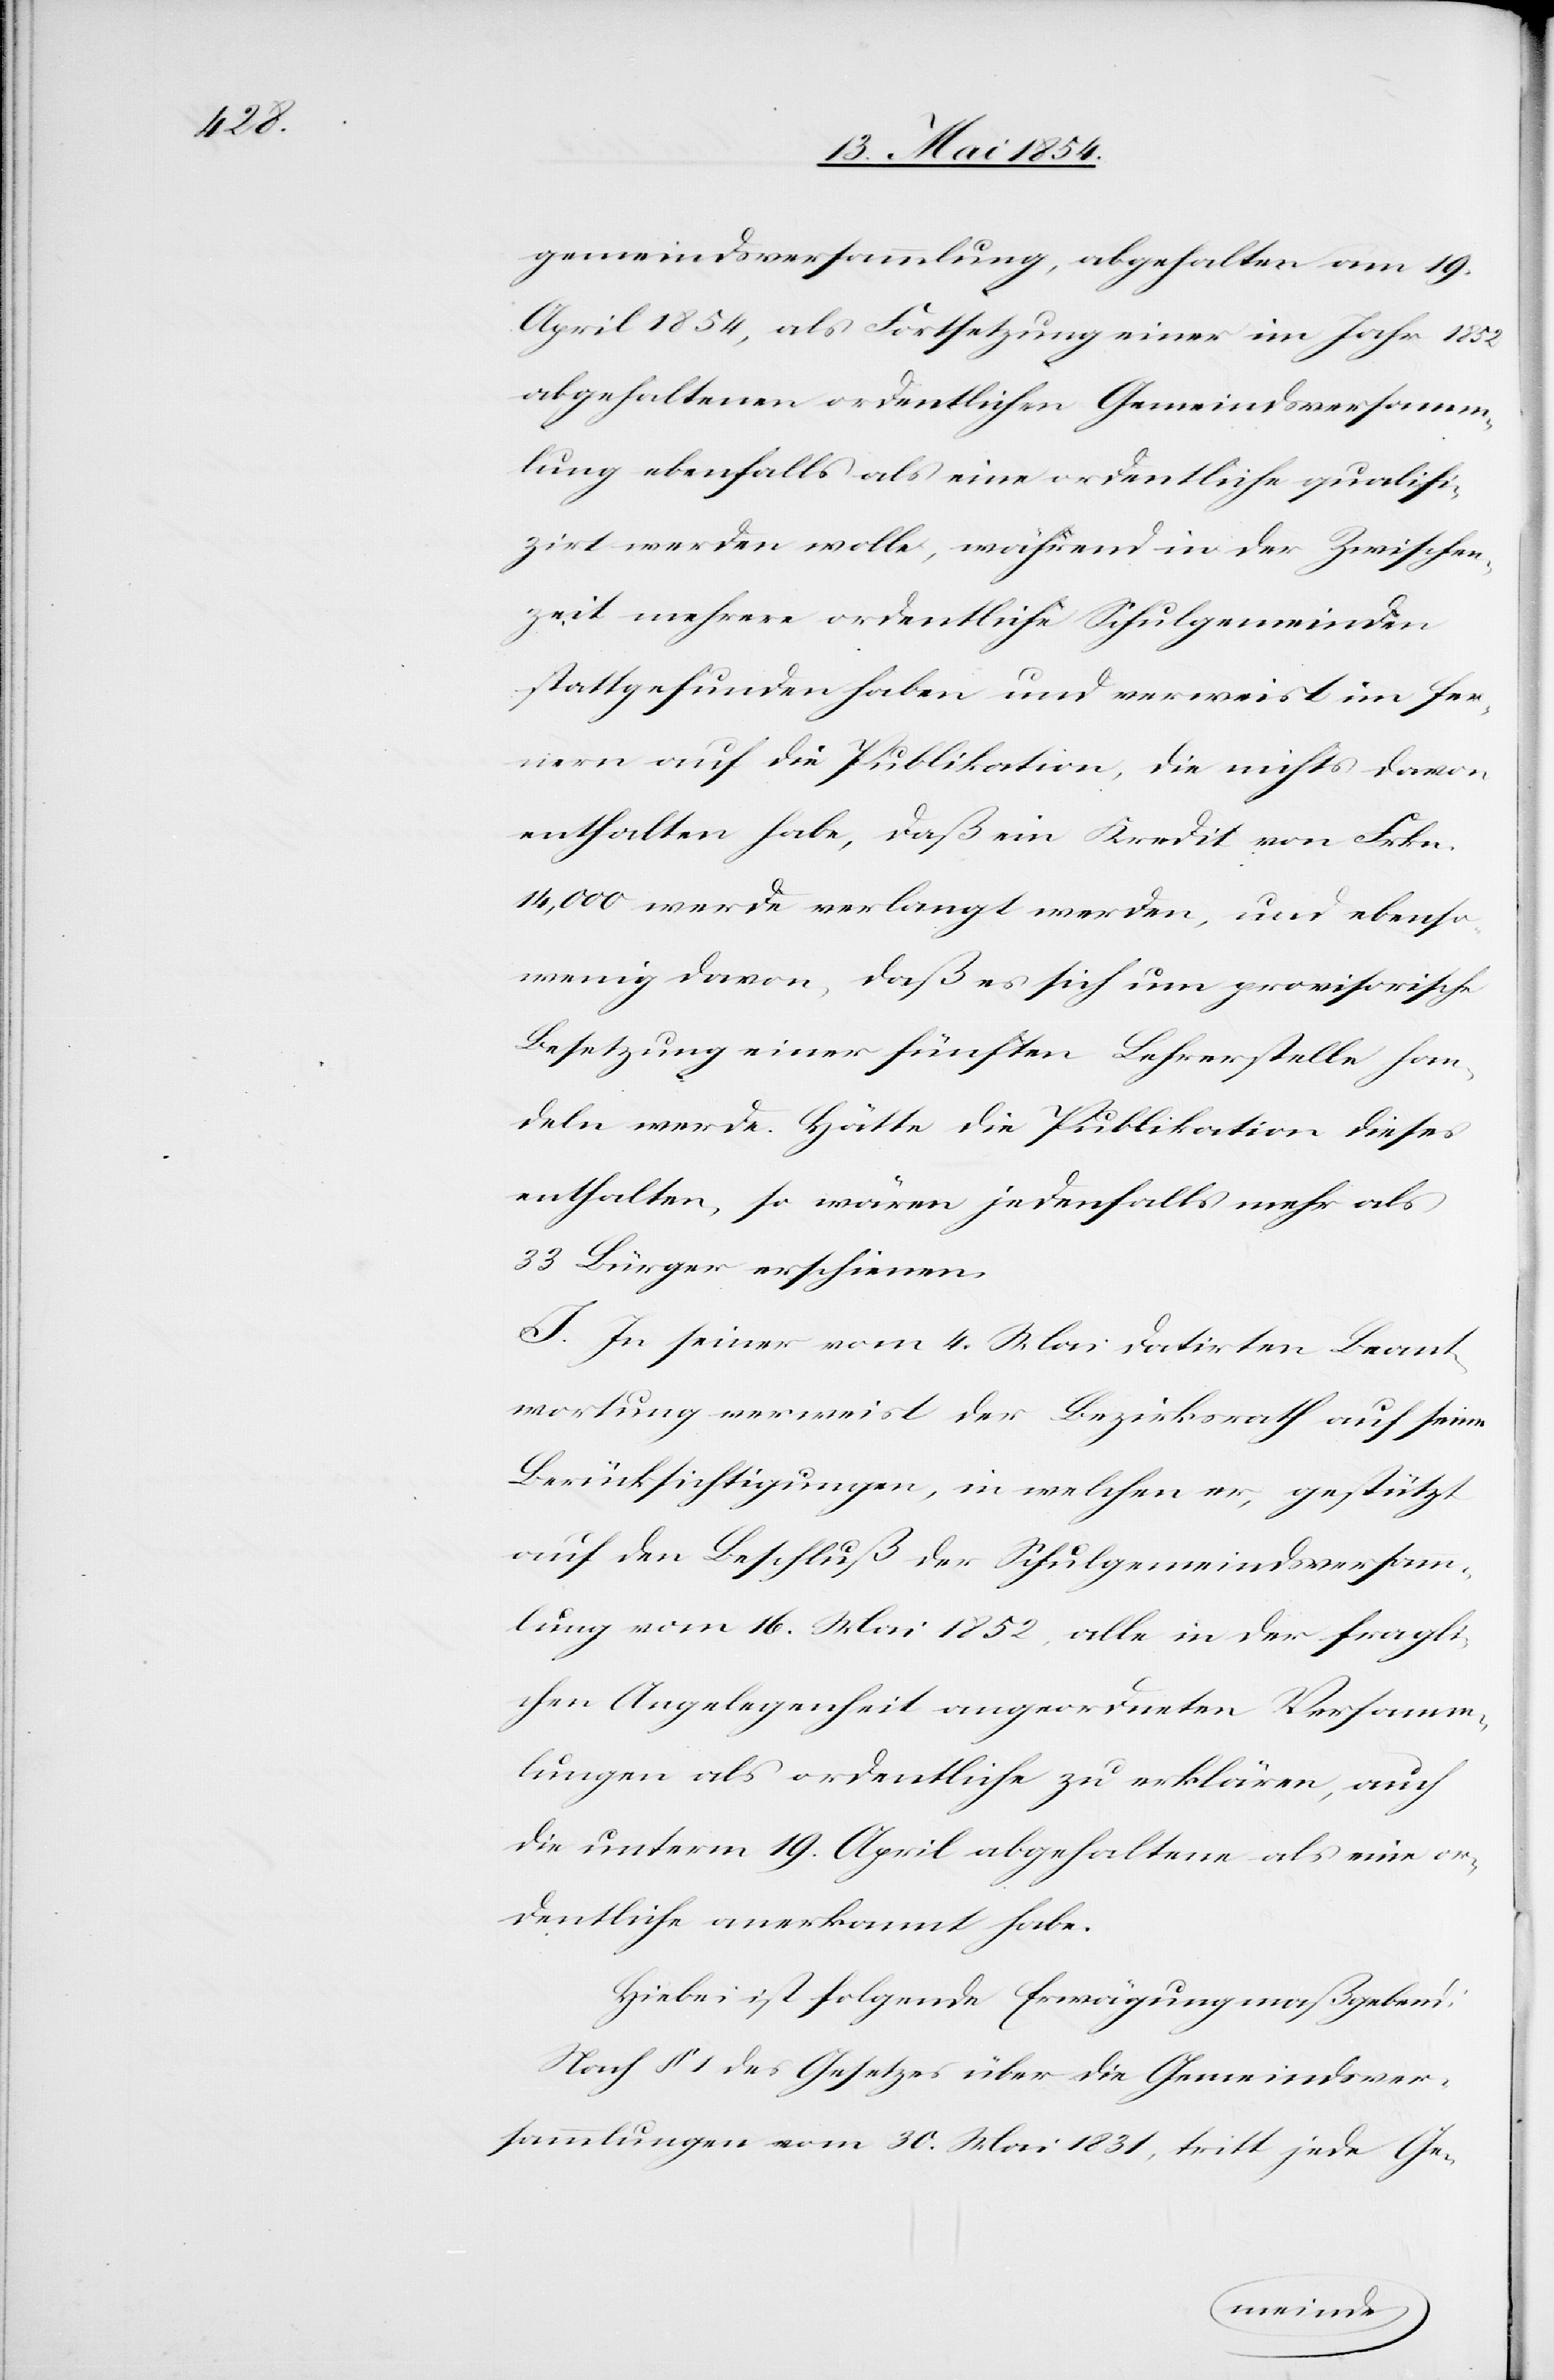
gemeindsversammlung, abgehalten am 19.
April 1854, als Fortsetzung einer im Jahr 1852
abgehaltenen ordentlichen Gemeindsversamm¬
lung ebenfalls als eine ordentliche qualifi¬
zirt werden wolle, während in der Zwischen¬
zeit mehrere ordentliche Schulgemeinden
stattgefunden haben und verweist im fer¬
nern auf die Publikation, die nichts davon
enthalten habe, daß ein Kredit von Frkn.
14,000 werde verlangt werden, und ebenso¬
wenig davon, daß es sich um provisorische
Besetzung einer fünften Lehrstelle han¬
deln werde. Hätte die Publikation dieses
enthalten, so wären jedenfalls mehr als
33 Bürger erschienen.
I. In seiner vom 4. Mai datirten Beant¬
wortung verweist der Bezirksrath auf seine
Berücksichtigungen, in welchen er, gestützt
auf den Beschluß der Schulgemeindsversamm¬
lung vom 16. Mai 1852, alle in der fragli¬
chen Angelegenheit angeordneten Versamm¬
lungen als ordentliche zu erklären, auch
die unterm 19. April abgehaltene als eine or¬
dentliche erkannt habe.
Hiebei ist folgende Erwägung maßgebend:
Nach § 1 des Gesetzes über die Gemeindsver¬
sammlungen vom 30. Mai 1831, tritt jede Ge-